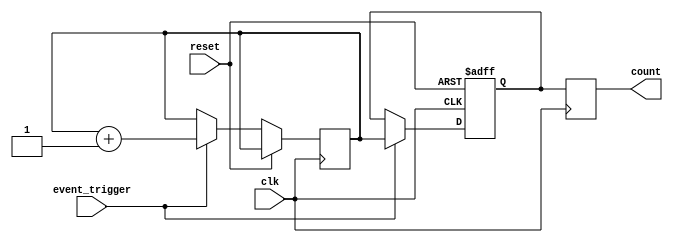
module event_triggered_counter (
    input wire clk,                     // System clock
    input wire reset,                   // Asynchronous reset
    input wire event_trigger,           // Event trigger input
    output reg [31:0] count            // Current count output
);

    // Memory block to store the current count
    reg [31:0] memory [0:0]; // Simple RAM with 1 word (can be expanded)

    // Temporary register to hold current count
    reg [31:0] current_count;

    // Asynchronous reset and event counting
    always @(posedge clk or posedge reset) begin
        if (reset) begin
            memory[0] <= 32'd0;   // Initialize count to zero
        end else begin
            // Check for rising edge event_trigger
            if (event_trigger) begin
                current_count <= memory[0]; // Read current count
                current_count <= current_count + 1; // Increment count
                memory[0] <= current_count; // Write back updated count
            end
        end
    end

    // Continuous assignment to output the current count
    always @(posedge clk) begin
        count <= memory[0]; // Output the current count value
    end

endmodule